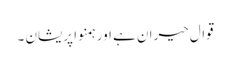
قوال حیران ہے اور ہمنوا پریشان ۔